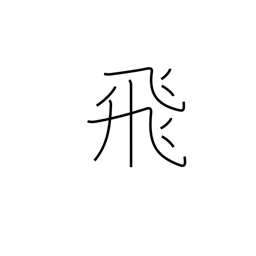
Meaning: skip (pages)